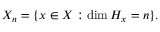
X _ { n } = \{ x \in X : \dim H _ { x } = n \} .